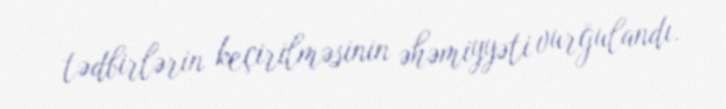
tədbirlərin keçirilməsinin əhəmiyyəti vurğulandı.